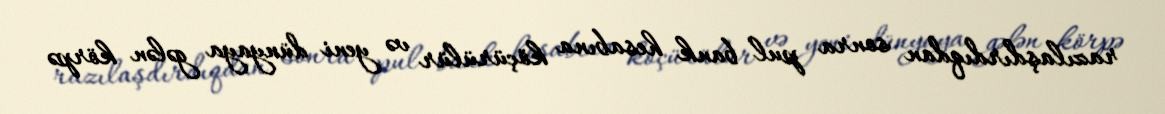
razılaşdırdıqdan sonra pul bank hesabına köçürülür və yeni dünyaya gələn körpə